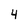
Character: 4